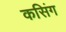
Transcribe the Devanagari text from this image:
कसिंग